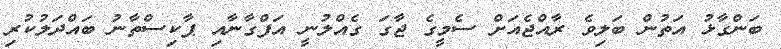
ބަންގާޅު އަތުން ބަލިވެ ރާއްޖެއަށް ސެމީގެ ޖާގަ ގެއްލުނީ އަފްގާނާއި ޕާކިސްތާނު ބައްދަލުކުރި